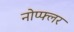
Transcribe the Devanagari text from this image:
नोप्फ्लर